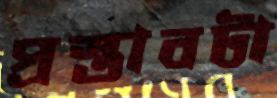
প্রস্তাবটা